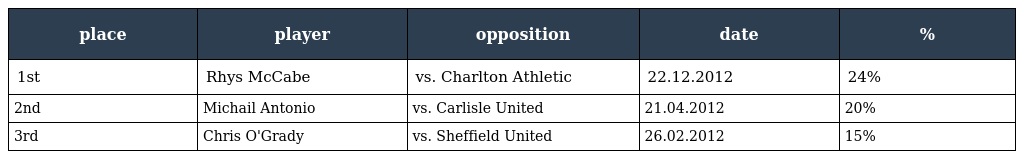
| place | player | opposition | date | % |
 | --- | --- | --- | --- | --- |
 | 1st | Rhys McCabe | vs. Charlton Athletic | 22.12.2012 | 24% |
 | 2nd | Michail Antonio | vs. Carlisle United | 21.04.2012 | 20% |
 | 3rd | Chris O'Grady | vs. Sheffield United | 26.02.2012 | 15% |